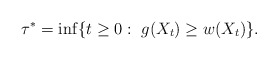
\begin{align*}\tau^* = \inf \{ t \ge 0:\ g(X_t) \ge w(X_t)\}.\end{align*}